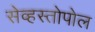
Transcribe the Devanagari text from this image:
सेव्हस्तोपोल